Problem: 64 + 56 = ?
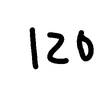
Handwritten answer: 120